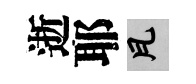
逝耶瓦